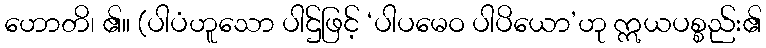
ဟောတိ၊ ၏။ (ပါပံဟူသော ပါဌ်ဖြင့် ‘ပါပမေဝ ပါပိယော’ဟု ဣယပစ္စည်း၏